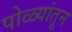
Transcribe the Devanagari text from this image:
पोळ्यांतून